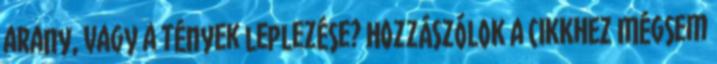
arany, vagy a tények leplezése? HOZZÁSZÓLOK A CIKKHEZ Mégsem